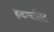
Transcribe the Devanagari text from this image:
हवाचलित